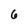
Character: 6